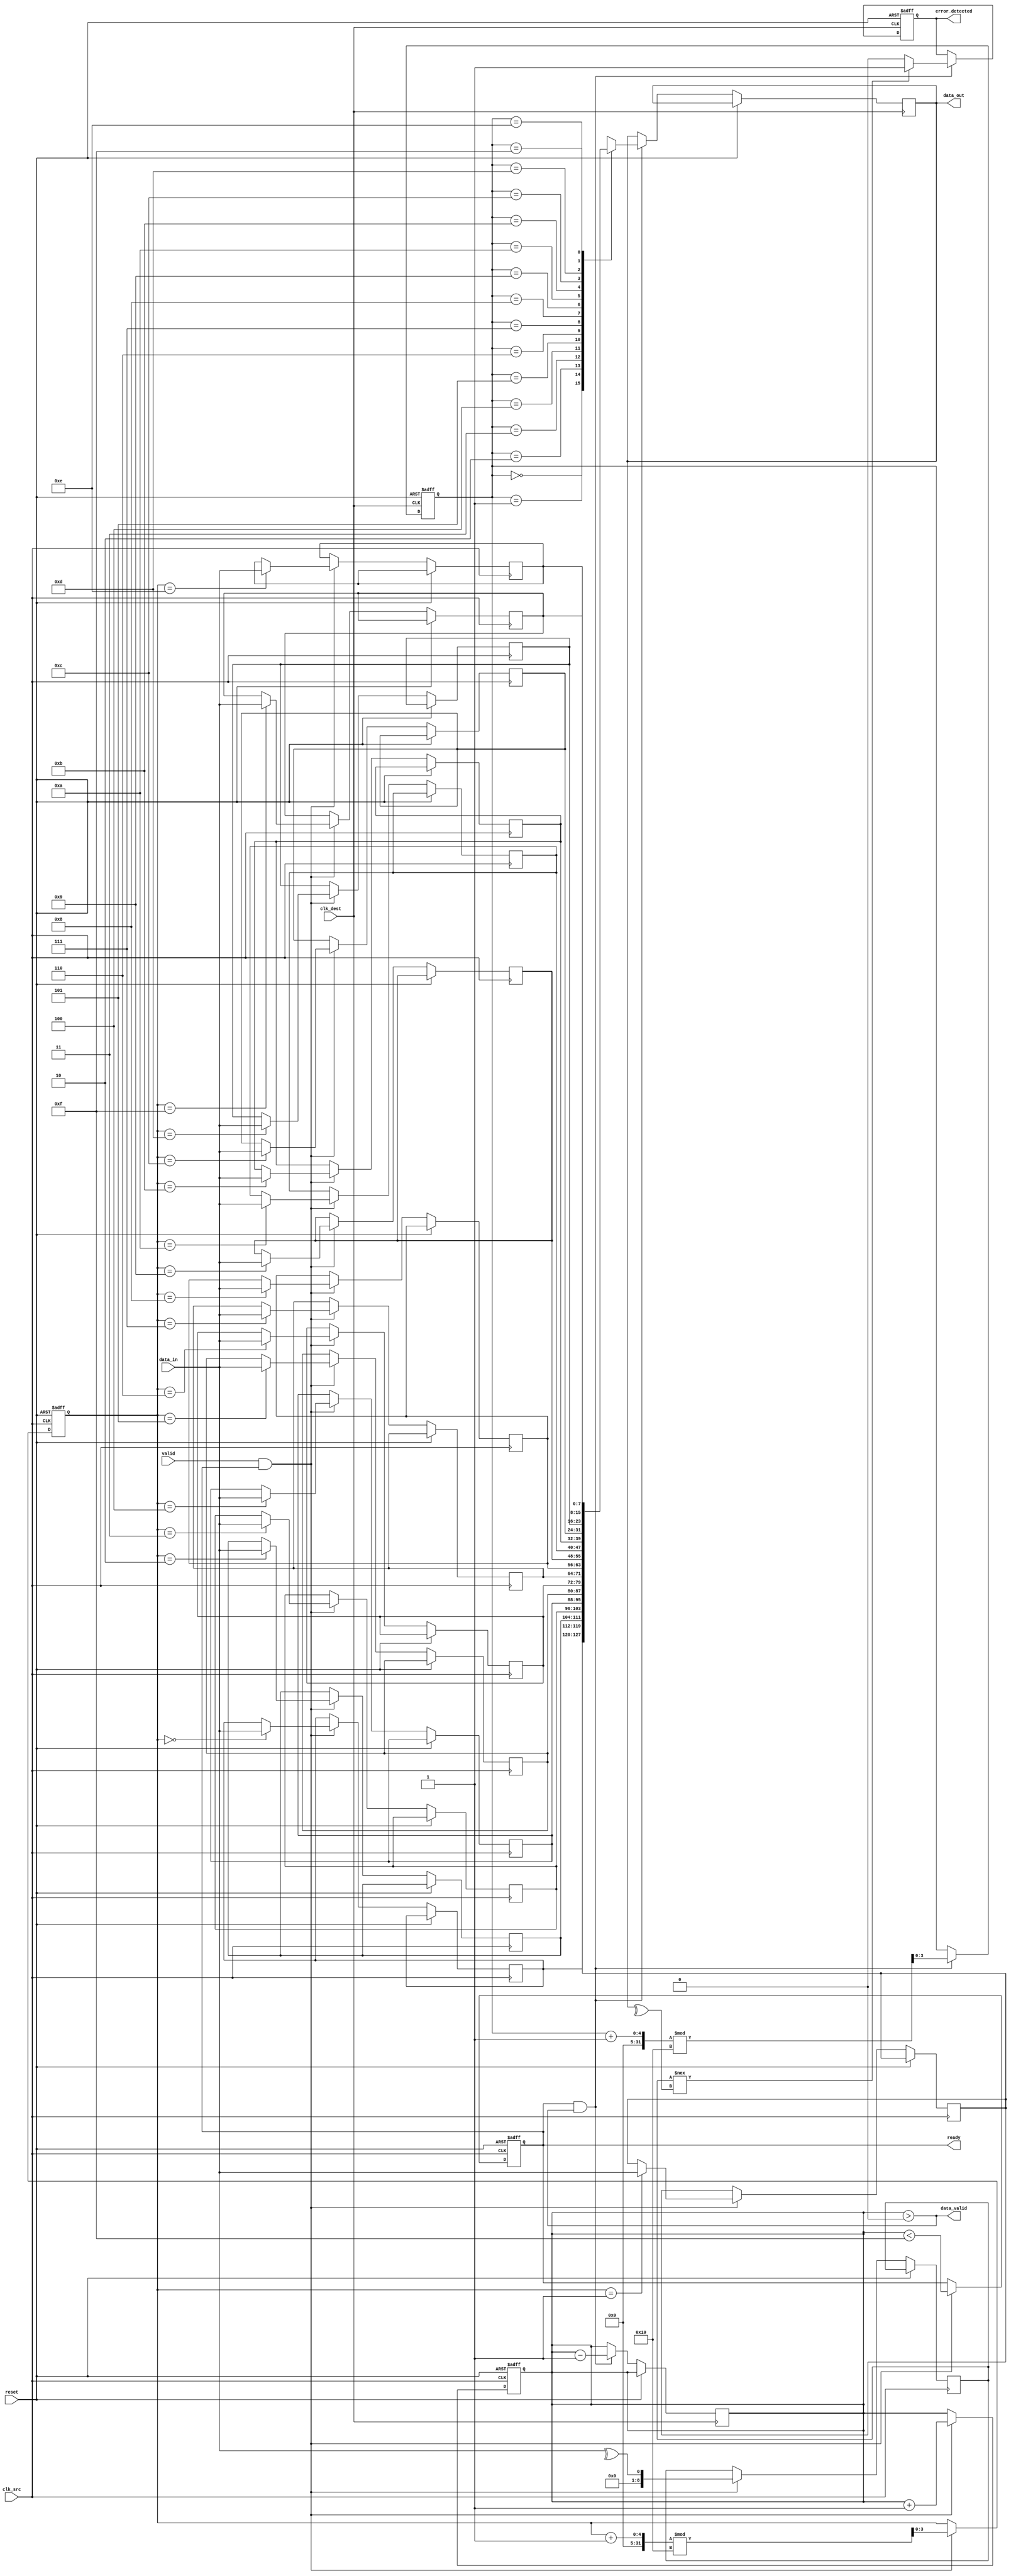
module cdc_memory_blocks (
    input wire clk_src,          // Source clock
    input wire clk_dest,         // Destination clock
    input wire reset,            // Reset signal
    input wire [7:0] data_in,    // Data input from source domain
    input wire valid,            // Valid signal from source domain
    output wire ready,           // Ready signal to source domain
    output wire [7:0] data_out,  // Data output to destination domain
    output wire data_valid,      // Indicates valid data in destination domain
    output wire error_detected    // Indicates error detected during transfer
);

    // FIFO parameters
    parameter FIFO_DEPTH = 16;
    reg [7:0] fifo [0:FIFO_DEPTH-1];
    reg [3:0] write_ptr, read_ptr;
    reg [3:0] count;

    // Handshaking signals
    reg ready_reg;
    reg valid_sync1, valid_sync2;

    // Error detection signals
    reg [8:0] parity_bit; // 8 bits of data + 1 parity bit
    reg error_flag;

    // FIFO write logic
    always @(posedge clk_src or posedge reset) begin
        if (reset) begin
            write_ptr <= 0;
            count <= 0;
            ready_reg <= 1; // Initially ready to accept data
        end else if (valid && ready_reg) begin
            fifo[write_ptr] <= data_in;
            parity_bit <= ^data_in; // Calculate parity
            write_ptr <= (write_ptr + 1) % FIFO_DEPTH;
            count <= count + 1;
            ready_reg <= (count < FIFO_DEPTH - 1); // Update ready signal
        end
    end

    // FIFO read logic
    always @(posedge clk_dest or posedge reset) begin
        if (reset) begin
            read_ptr <= 0;
            error_flag <= 0;
        end else if (ready && count > 0) begin
            data_out <= fifo[read_ptr];
            // Check parity
            if (parity_bit !== ^data_out) begin
                error_flag <= 1; // Error detected
            end else begin
                error_flag <= 0; // No error
            end
            read_ptr <= (read_ptr + 1) % FIFO_DEPTH;
            count <= count - 1;
        end
    end

    // Synchronize valid signal to destination clock domain
    always @(posedge clk_dest or posedge reset) begin
        if (reset) begin
            valid_sync1 <= 0;
            valid_sync2 <= 0;
        end else begin
            valid_sync1 <= valid;
            valid_sync2 <= valid_sync1;
        end
    end

    // Assign outputs
    assign ready = ready_reg;
    assign data_valid = (count > 0);
    assign error_detected = error_flag;

endmodule